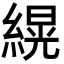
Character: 縨